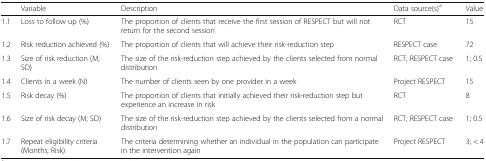
<table><thead><tr><td></td><td><b>Variable</b></td><td><b>Description</b></td><td><b>Data source(s)<sup>a</sup></b></td><td><b>Value</b></td></tr></thead><tbody><tr><td>1.1</td><td>Loss to follow up (%)</td><td>The proportion of clients that receive the first session of RESPECT but will not return for the second session</td><td>RCT</td><td>15</td></tr><tr><td>1.2</td><td>Risk reduction achieved (%)</td><td>The proportion of clients that will achieve their risk-reduction step</td><td>RESPECT case </td><td>72</td></tr><tr><td>1.3</td><td>Size of risk reduction (M; SD)</td><td>The size of the risk-reduction step achieved by the clients selected from normal distribution</td><td>RCT; RESPECT case </td><td>1; 0.5</td></tr><tr><td>1.4</td><td>Clients in a week (N)</td><td>The number of clients seen by one provider in a week</td><td>Project RESPECT</td><td>15</td></tr><tr><td>1.5</td><td>Risk decay (%)</td><td>The proportion of clients that initially achieved their risk-reduction step but experience an increase in risk</td><td>RCT</td><td>8</td></tr><tr><td>1.6</td><td>Size of risk decay (M; SD)</td><td>The size of the risk-reduction step achieved by the clients selected from a normal distribution</td><td>RCT; RESPECT case </td><td>1; 0.5</td></tr><tr><td>1.7</td><td>Repeat eligibility criteria (Months; Risk)</td><td>The criteria determining whether an individual in the population can participate in the intervention again</td><td>Project RESPECT</td><td>3; &lt; 4</td></tr></tbody></table>